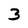
Character: 3